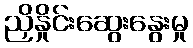
ညှိနှိုင်းဆွေးနွေးမှု